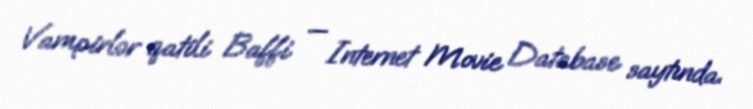
Vampirlər qatili Baffi — Internet Movie Database saytında.